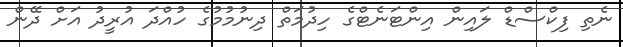
ނެތި ފިކްސްޑް ލައިން އިންޓަނެޓްގެ ހިދުމަތް ދިނުމުމުގެ ހުއްދަ އުރީދު އަށް ދޭން